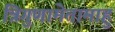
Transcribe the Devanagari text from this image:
त्रिगुणामेतामाहु